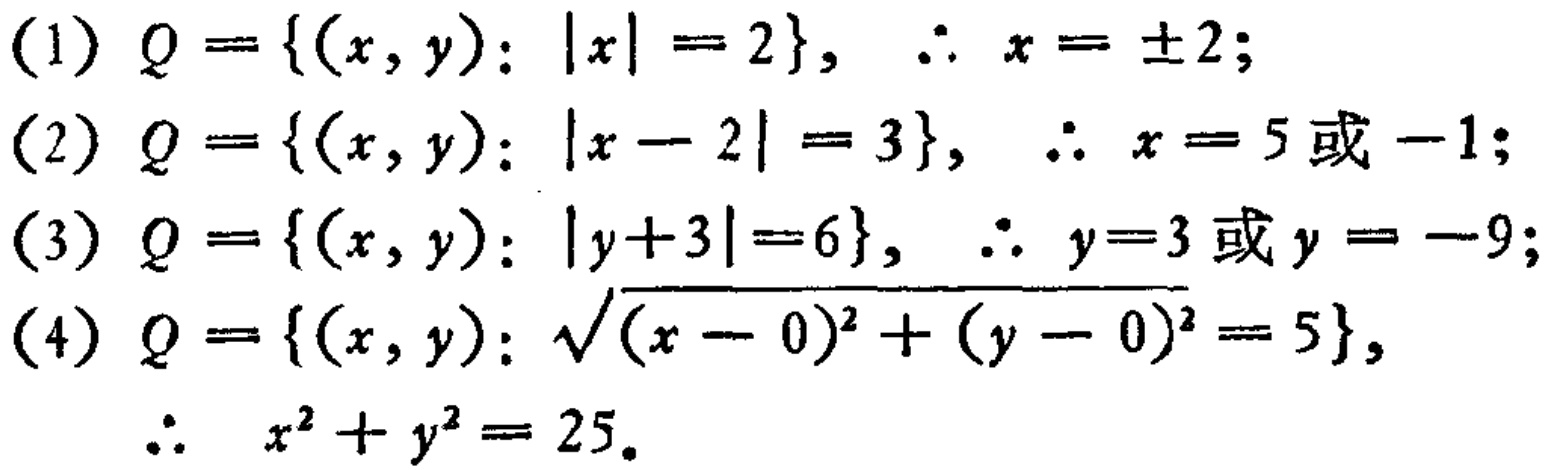
(1) \(Q = \{(x, y): |x| = 2\}, \therefore x = \pm 2;\)
(2) \(Q = \{(x, y): |x - 2| = 3\}, \therefore x = 5\text{ 或 } -1;\)
(3) \(Q = \{(x, y): |y + 3| = 6\}, \therefore y = 3\text{ 或 }y = -9;\)
(4) \(Q = \{(x, y): \sqrt{(x - 0)^2 + (y - 0)^2} = 5\},\)
\(\therefore x^{2}+y^{2}=25.\)